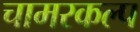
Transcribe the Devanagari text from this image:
चामरकल्प